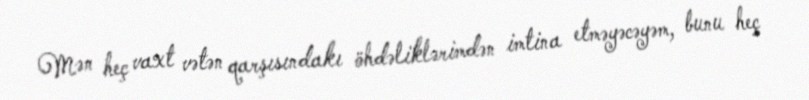
Mən heç vaxt vətən qarşısındakı öhdəliklərimdən imtina etməyəcəyəm, bunu heç